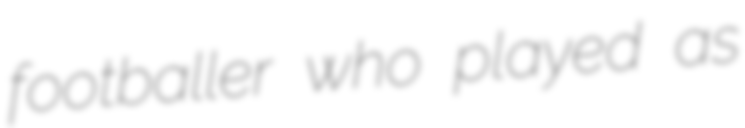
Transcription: footballer who played as